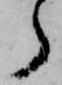
ら